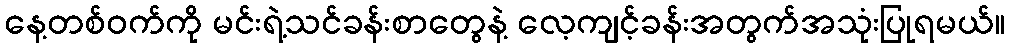
နေ့တစ်ဝက်ကို မင်းရဲ့သင်ခန်းစာတွေနဲ့ လေ့ကျင့်ခန်းအတွက်အသုံးပြုရမယ်။